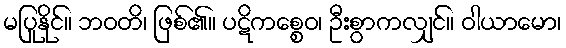
မပြုနိုင်။ ဘဝတိ၊ ဖြစ်၏။ ပဋိကစ္စေဝ၊ ဦးစွာကလျှင်။ ဝါယာမော၊